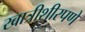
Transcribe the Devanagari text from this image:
खात्रीशीरपणे